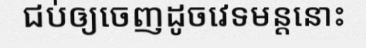
ជប់ឲ្យចេញដូចវេទមន្តនោះ